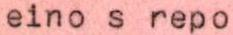
eino s repo